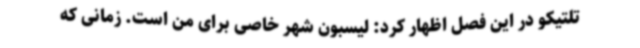
تلتیکو در این فصل اظهار کرد: لیسبون شهر خاصی برای من است. زمانی که